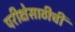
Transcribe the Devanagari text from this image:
परीक्षेसाठीची